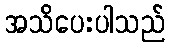
အသိပေးပါသည်